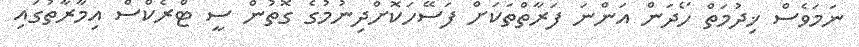
ނަމަވެސް ޚިދުމަތް ހޯދަން އަންނަ ފަރާތްތަކަށް ފަސޭހަކޮށްދިނުމުގެ ގޮތުން ސީ ޓްރެކްސް އިމާރާތުގައި